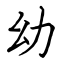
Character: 幼